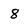
Character: 8